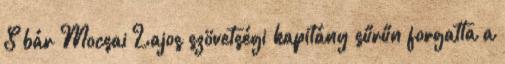
S bár Mocsai Lajos szövetségi kapitány sűrűn forgatta a